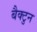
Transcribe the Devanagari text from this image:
बैक्टुन